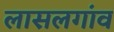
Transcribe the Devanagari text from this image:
लासलगांव